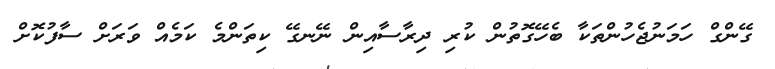
ގޭންގް ހަމަނުޖެހުންތަކާ ބެހޭގޮތުން ކުރި ދިރާސާއިން ނޭނގޭ ކިތަންމެ ކަމެއް ވަރަށް ސާފުކޮށް